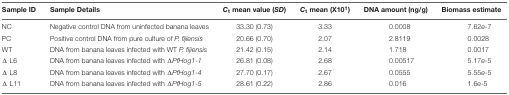
<table><thead><tr><td><b>Sample ID</b></td><td><b>Sample Details</b></td><td><b><i>C</i><sub>t</sub> mean value (<i>SD</i>)</b></td><td><b><i>C</i><sub>t</sub> mean (X10<sup>1</sup>)</b></td><td><b>DNA amount (ng/g)</b></td><td><b>Biomass estimate</b></td></tr></thead><tbody><tr><td>NC</td><td>Negative control DNA from uninfected banana leaves</td><td>33.30 (0.73)</td><td>3.33</td><td>0.0008</td><td>7.62e-7</td></tr><tr><td>PC</td><td>Positive control DNA from pure culture of <i>P. fijiensis</i></td><td>20.66 (0.70)</td><td>2.07</td><td>2.8119</td><td>0.0028</td></tr><tr><td>WT</td><td>DNA from banana leaves infected with WT <i>P. fijiensis</i></td><td>21.42 (0.15)</td><td>2.14</td><td>1.718</td><td>0.0017</td></tr><tr><td>Δ L6</td><td>DNA from banana leaves infected with Δ<i>PfHog1-1</i></td><td>26.81 (0.08)</td><td>2.68</td><td>0.00517</td><td>5.17e-5</td></tr><tr><td>Δ L8</td><td>DNA from banana leaves infected with Δ<i>PfHog1-4</i></td><td>27.70 (0.17)</td><td>2.67</td><td>0.0555</td><td>5.55e-5</td></tr><tr><td>Δ L11</td><td>DNA from banana leaves infected with Δ<i>PfHog1-5</i></td><td>28.61 (0.22)</td><td>2.86</td><td>0.016</td><td>1.6e-5</td></tr></tbody></table>